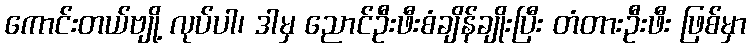
ကောင်းတယ်ဗျို့ လုပ်ပါ၊ ဒါမှ ညောင်ဦးဖီးစံချိန်ချိုးပြီး တံတားဦးဖီး ဖြစ်မှာ